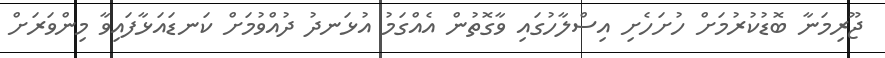
ޖޫރިމަނާ ބޮޑުކުރުމަށް ހުށަހެށި އިސްލާހުގައި ވާގޮތުން އެއްގަމު އުޅަނދު ދުއްވުމަށް ކަނޑައަޅާފައިވާ މިންވަރަށް